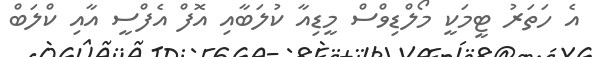
އެ ހަތަރު ޓީމަކީ މޯލްޑިވްސް މީޑިއާ ކުލަބާއި އޮފް އެފްސީ އާއި ކްލަބް